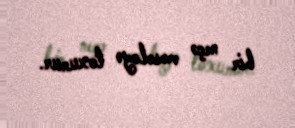
bir neçə məsələyə toxunur.